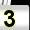
Digit: 3